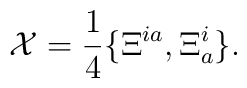
{\cal X}=\frac{1}{4}\{\Xi^{ia},\Xi^i_a\}.